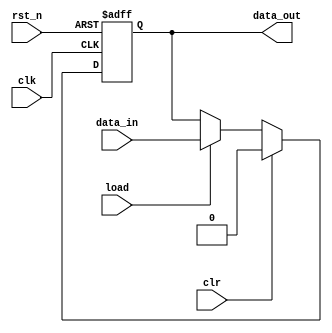
module dff_lrc #(
    parameter DATA_WIDTH = 1
) (
    input   wire                        clk     ,
    input   wire                        rst_n   ,

    input   wire                        clr     ,
    input   wire                        load    ,
    input   wire    [DATA_WIDTH-1:0]    data_in ,
    output  wire    [DATA_WIDTH-1:0]    data_out
);

    reg    [DATA_WIDTH-1:0]    data_out_r;
    always @(posedge clk or negedge rst_n) begin
        if (!rst_n) begin
            data_out_r <= {DATA_WIDTH{1'b0}};
        end else if (clr) begin
            data_out_r <= {DATA_WIDTH{1'b0}};
        end else if (load) begin
            data_out_r <= data_in;
        end
    end
    assign data_out = data_out_r;
    
endmodule